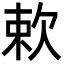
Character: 欶